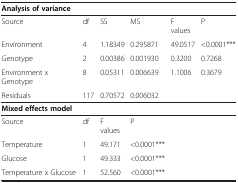
| <COLSPAN=6> Analysis of variance |
 | --- | --- | --- | --- | --- | --- |
 | Source | df | SS | MS | F values | P |
 | Environment | 4 | 1.18349 | 0.295871 | 49.0517 | <0.0001*** |
 | Genotype | 2 | 0.00386 | 0.001930 | 0.3200 | 0.7268 |
 | Environment x Genotype | 8 | 0.05311 | 0.006639 | 1.1006 | 0.3679 |
 | Residuals | 117 | 0.70572 | 0.006032 |  |  |
 | <COLSPAN=6> Mixed effects model |
 | Source | df | F values | P |  |  |
 | Temperature | 1 | 49.171 | <0.0001*** |  |  |
 | Glucose | 1 | 49.333 | <0.0001*** |  |  |
 | Temperature x Glucose | 1 | 52.560 | <0.0001*** |  |  |